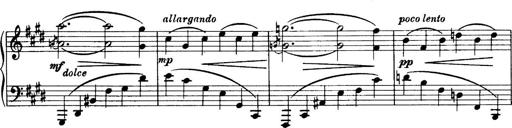
Title: 3 Sonatinas, Op.67
Composer: Jean Sibelius